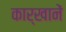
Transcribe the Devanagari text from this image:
कार्खानें